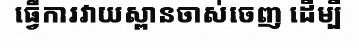
ធ្វើការវាយស្ពានចាស់ចេញ ដើម្បី